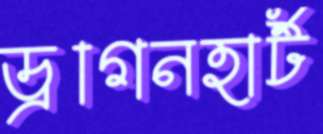
ড্রাগনহার্ট